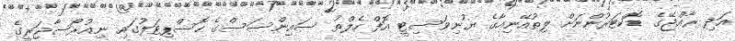
އަދި ރާއްޖޭގެ ޑޮކްޓަރުންނަށް ލިތުއޭނިއާގެ ޔުނިވަސިޓީ އޮފް ހެލްތު ސައިންސަސްގެ ހޮސްޕިޓަލުގައި ނިއުރޯސާޖަރީގެ